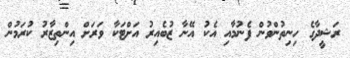
ރަޝީދާގެ ހިނިތުންވުން ފެނުމާއި އެކު އޭނާ ޒުބެއިރު އަށްޓަކާ ވަރަށް އިންތިޒާރު ކުރަމުން